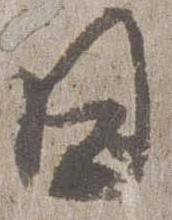
日